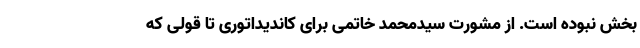
بخش نبوده است. از مشورت سیدمحمد خاتمی برای کاندیداتوری تا قولی که